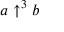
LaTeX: a \uparrow ^ { 3 } b